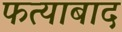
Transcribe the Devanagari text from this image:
फत्याबाद